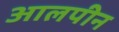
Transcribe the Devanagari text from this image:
आलपीन